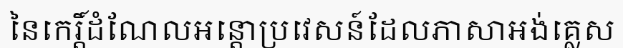
នៃកេរ្តិ៍ដំណែលអន្តោប្រវេសន៍ដែលភាសាអង់គ្លេស